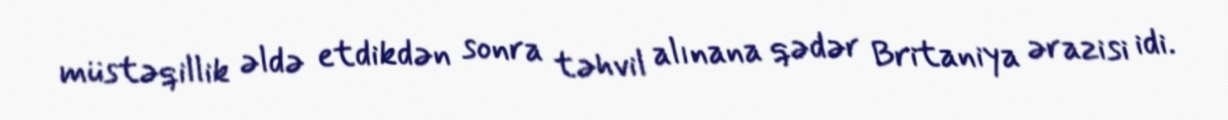
müstəqillik əldə etdikdən sonra təhvil alınana qədər Britaniya ərazisi idi.